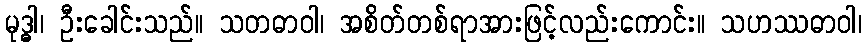
မုဒ္ဓါ၊ ဦးခေါင်းသည်။ သတဓာဝါ၊ အစိတ်တစ်ရာအားဖြင့်လည်းကောင်း။ သဟဿဓာဝါ၊